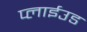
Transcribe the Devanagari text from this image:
प्लाईउड